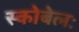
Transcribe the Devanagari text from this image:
स्कोबेलः